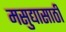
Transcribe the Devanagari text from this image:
मसुद्यासाठी